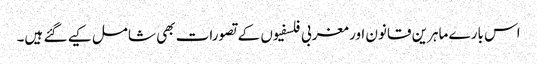
اس بارے ماہرین قانون اور مغربی فلسفیوں کے تصورات بھی شامل کیے گئے ہیں۔